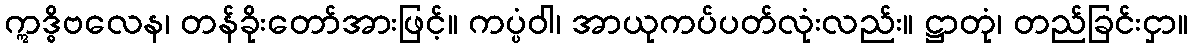
ဣဒ္ဓိဗလေန၊ တန်ခိုးတော်အားဖြင့်။ ကပ္ပံဝါ၊ အာယုကပ်ပတ်လုံးလည်း။ ဋ္ဌာတုံ၊ တည်ခြင်းငှာ။